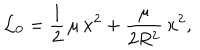
{ \cal L } _ { 0 } = \frac { 1 } { 2 } \, \mu \, \dot { \bf x } ^ { 2 } + \frac { \mu } { 2 R ^ { 2 } } \, { \bf x } ^ { 2 } ,